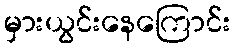
မှားယွင်းနေကြောင်း